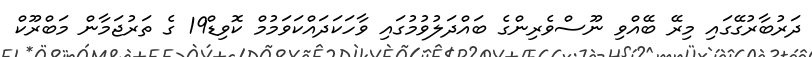
ދަރުބާރުގޭގައި މިރޭ ބޭއްވި ނޫސްވެރިންގެ ބައްދަލުވުމުގައި ވާހަކަދައްކަވަމުމް ކޮވިޑް19 ގެ ތަރުޖަމާން މަބްރޫކް